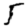
Digit: 5